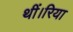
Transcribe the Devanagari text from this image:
थीं।रिया